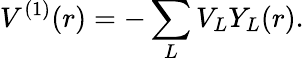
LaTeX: V^{(1)}(r)=-\sum_{L}V_{L}Y_{L}(r).